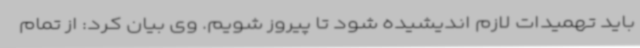
باید تهمیدات لازم اندیشیده شود تا پیروز شویم. وی بیان کرد: از تمام